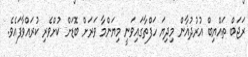
ރަޖަބް ތައްޔިބް އުރުދުޣާން މިދިޔަ ހަފްތާގައިވަނީ މިޔަންމާ ވަރަށް ބޮޑަށް ކުށްވެރި ކުރައްވާފައެވެ.